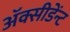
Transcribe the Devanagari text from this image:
अॅक्सीडेंन्ट